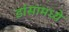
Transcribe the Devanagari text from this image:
डांसामध्ये